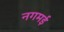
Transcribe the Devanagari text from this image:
नगमई